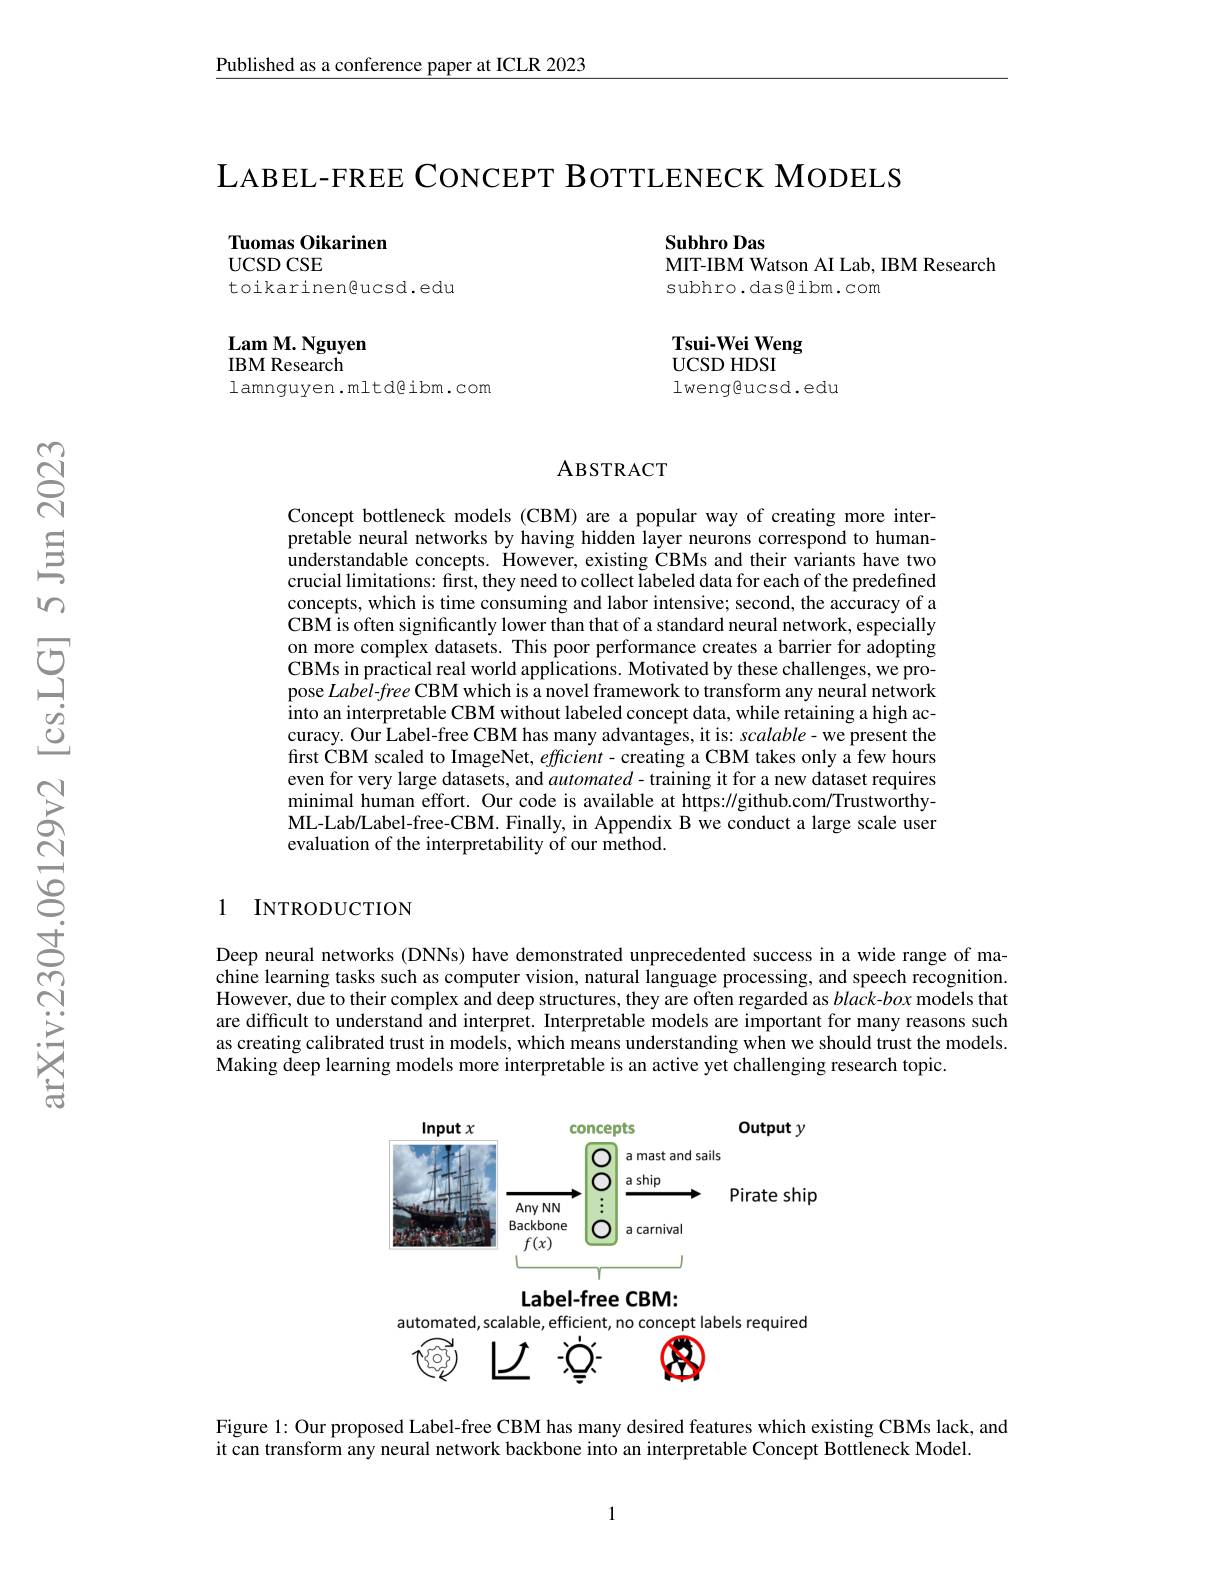
$\underline{\text{Published as a conference paper at ICLR 2023}}$

LABEL- FREE CONCEPT BOTTLENECK MODELS

Tuomas Oikarinen
$\operatorname{UCSD}\operatorname{CSE}$
toikarinen@ucsd.edu

Subhro Das
MIT-IBM Watson AI Lab, IBM Research
subhro.das@ibm.com

Lam M. Nguyen
IBM Research

# Tsui-Wei Weng UCSD HDSI lweng@ucsd.edu

lamnguyen.mltd@ibm.com

# ABSTRACT

Concept bottleneck models (CBM) are a popular way of creating more interpretable neural networks by having hidden layer neurons correspond to humanunderstandable concepts. However, existing CBMs and their variants have two crucial limitations: first, they need to collect labeled data for each of the predefined concepts, which is time consuming and labor intensive; second, the accuracy of a CBM is often significantly lower than that of a standard neural network, especially on more complex datasets. This poor performance creates a barrier for adopting CBMs in practical real world applications. Motivated by these challenges, we propose Label-free CBM which is a novel framework to transform any neural network into an interpretable CBM without labeled concept data, while retaining a high accuracy. Our Label-free CBM has many advantages, it is: scalable- we present the first CBM scaled to ImageNet, $effcient-$ creating a CBM takes only a few hours even for very large datasets, and $automated-$training it for a new dataset requires minimal human effort. Our code is available at https://github.com/TrustworthyML-Lab/Label-free-CBM. Finally, in Appendix B we conduct a large scale user evaluation of the interpretability of our method.

### 1 INTRODUCTION

Deep neural networks (DNNs) have demonstrated unprecedented success in a wide range of machine learning tasks such as computer vision, natural language processing, and speech recognition. However, due to their complex and deep structures, they are often regarded as $black-box$ models that are difficult to understand and interpret. Interpretable models are important for many reasons such as creating calibrated trust in models, which means understanding when we should trust the models. Making deep learning models more interpretable is an active yet challenging research topic.

<FigureHere>

Figure 1: Our proposed Label-free CBM has many desired features which existing CBMs lack, and

it can transform any neural network backbone into an interpretable Concept Bottleneck Model.

1